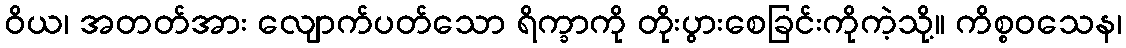
ဝိယ၊ အတတ်အား လျောက်ပတ်သော ရိက္ခာကို တိုးပွားစေခြင်းကိုကဲ့သို့။ ကိစ္စဝသေန၊